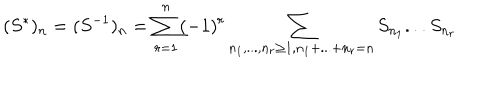
( S ^ { * } ) _ { n } = ( S ^ { - 1 } ) _ { n } = \sum _ { r = 1 } ^ { n } ( - 1 ) ^ { r } \sum _ { n _ { 1 } , . . . , n _ { r } \geq 1 , n _ { 1 } + . . . + n _ { r } = n } S _ { n _ { 1 } } . . . S _ { n _ { r } }